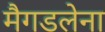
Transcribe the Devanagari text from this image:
मैगडलेना